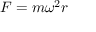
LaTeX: F = m \omega ^ { 2 } r